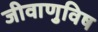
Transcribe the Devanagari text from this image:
जीवाणुविष